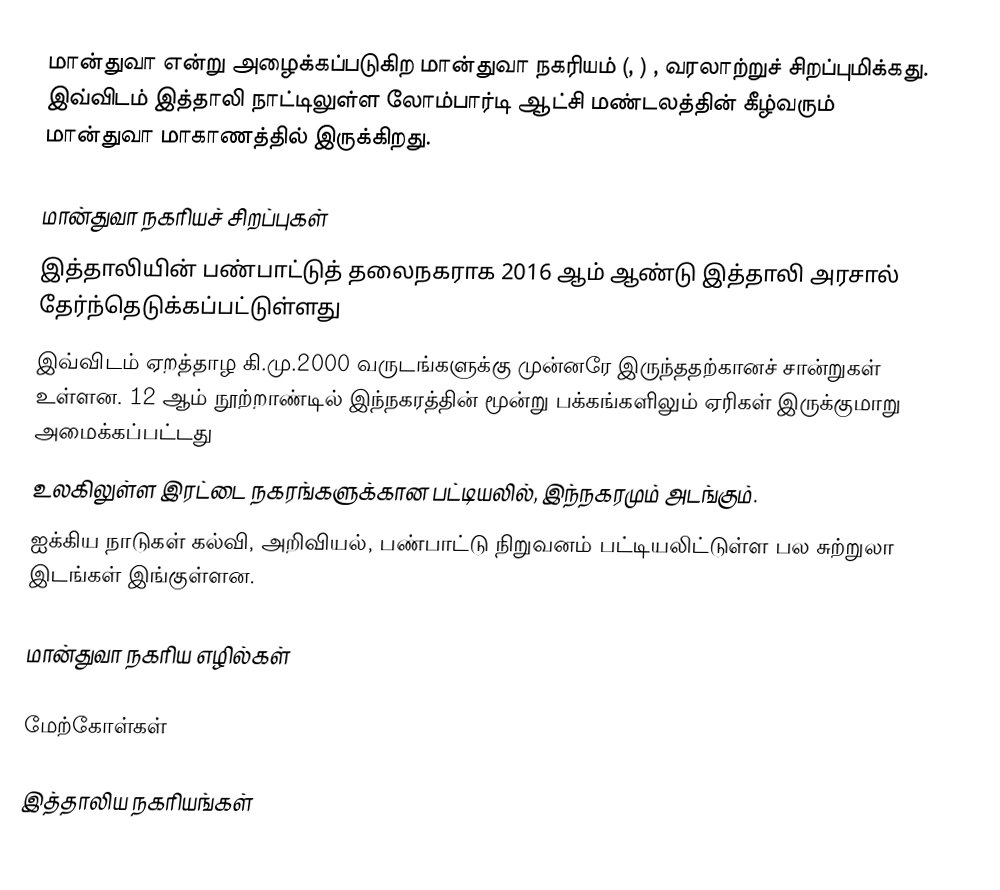
மான்துவா என்று அழைக்கப்படுகிற மான்துவா நகரியம் (, ) , வரலாற்றுச் சிறப்புமிக்கது. இவ்விடம் இத்தாலி நாட்டிலுள்ள லோம்பார்டி ஆட்சி மண்டலத்தின் கீழ்வரும் மான்துவா மாகாணத்தில் இருக்கிறது.

மான்துவா நகரியச் சிறப்புகள்
 இத்தாலியின் பண்பாட்டுத் தலைநகராக 2016 ஆம் ஆண்டு இத்தாலி அரசால் தேர்ந்தெடுக்கப்பட்டுள்ளது
 இவ்விடம் ஏறத்தாழ கி.மு.2000 வருடங்களுக்கு முன்னரே இருந்ததற்கானச் சான்றுகள் உள்ளன. 12 ஆம் நூற்றாண்டில் இந்நகரத்தின் மூன்று பக்கங்களிலும் ஏரிகள் இருக்குமாறு அமைக்கப்பட்டது
 உலகிலுள்ள இரட்டை நகரங்களுக்கான பட்டியலில், இந்நகரமும் அடங்கும்.
 ஐக்கிய நாடுகள் கல்வி, அறிவியல், பண்பாட்டு நிறுவனம் பட்டியலிட்டுள்ள பல சுற்றுலா இடங்கள் இங்குள்ளன.

மான்துவா நகரிய எழில்கள்

மேற்கோள்கள்

இத்தாலிய நகரியங்கள்